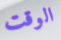
الوقت